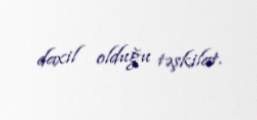
daxil olduğu təşkilat.